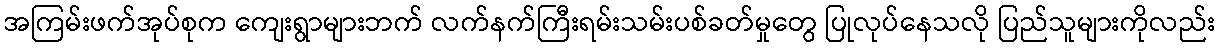
အကြမ်းဖက်အုပ်စုက ကျေးရွာများဘက် လက်နက်ကြီးရမ်းသမ်းပစ်ခတ်မှုတွေ ပြုလုပ်နေသလို ပြည်သူများကိုလည်း